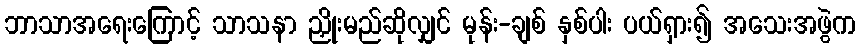
ဘာသာအရေးကြောင့် သာသနာ ညှိုးမည်ဆိုလျှင် မုန်း-ချစ် နှစ်ပါး ပယ်ရှား၍ အသေးအဖွဲက